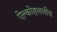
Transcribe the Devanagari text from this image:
ऐल्कोहललीय